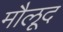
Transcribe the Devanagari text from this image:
मौलूद